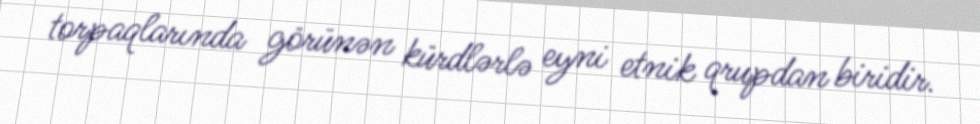
torpaqlarında görünən kürdlərlə eyni etnik qrupdan biridir.